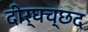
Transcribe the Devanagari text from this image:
दीर्घच्छद